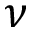
\nu